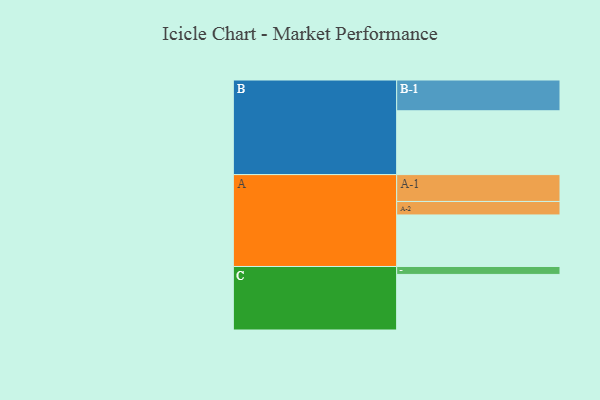
{"axis": {"x": "Segment", "y": "Value"}, "legend": ["", "A", "B", "C"], "data": [{"x": "A", "y": 474, "type": ""}, {"x": "B", "y": 587, "type": ""}, {"x": "C", "y": 511, "type": ""}, {"x": "A-1", "y": 247, "type": "A"}, {"x": "A-2", "y": 124, "type": "A"}, {"x": "B-1", "y": 283, "type": "B"}, {"x": "C-1", "y": 73, "type": "C"}]}